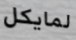
لمايكل